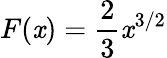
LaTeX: F(\mathit{x})={\frac{{2}}{{3}}}\mathit{x}^{3/2}